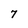
Character: 7